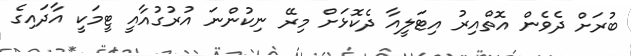
ބުރަށް ދެވެން އޮތްއިރު އިޓަލީއާ ދެކޮޅަށް މިރޭ ނިކުންނަ އުރުގުއާއީ ޓީމަކީ އާދައިގެ